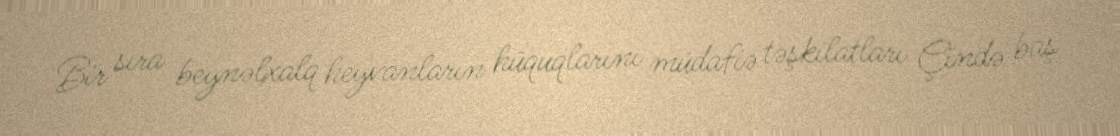
Bir sıra beynəlxalq heyvanların hüquqlarını müdafiə təşkilatları Çində baş